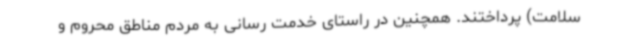
سلامت) پرداختند. همچنین در راستای خدمت رسانی به مردم مناطق محروم و